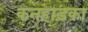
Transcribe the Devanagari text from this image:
कनहाड़का